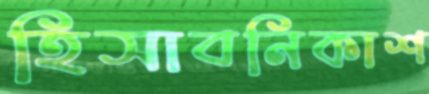
হিসাবনিকাশ